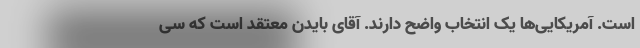
است. آمریکایی‌ها یک انتخاب واضح دارند. آقای بایدن معتقد است که سی